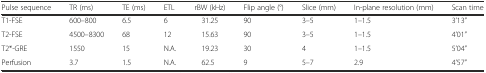
<table><thead><tr><td><b>Pulse sequence</b></td><td><b>TR (ms)</b></td><td><b>TE (ms)</b></td><td><b>ETL</b></td><td><b>rBW (kHz)</b></td><td><b>Flip angle (°)</b></td><td><b>Slice (mm)</b></td><td><b>In-plane resolution (mm)</b></td><td><b>Scan time</b></td></tr></thead><tbody><tr><td>T1-FSE</td><td>600–800</td><td>6.5</td><td>6</td><td>31.25</td><td>90</td><td>3–5</td><td>1–1.5</td><td>3’13”</td></tr><tr><td>T2-FSE</td><td>4500–8300</td><td>68</td><td>12</td><td>15.63</td><td>90</td><td>3–5</td><td>1–1.5</td><td>4’01”</td></tr><tr><td>T2*-GRE</td><td>1550</td><td>15</td><td>N.A.</td><td>19.23</td><td>30</td><td>4</td><td>1–1.5</td><td>5’04”</td></tr><tr><td>Perfusion</td><td>3.7</td><td>1.5</td><td>N.A.</td><td>62.5</td><td>9</td><td>5–7</td><td>2.9</td><td>4’57”</td></tr></tbody></table>